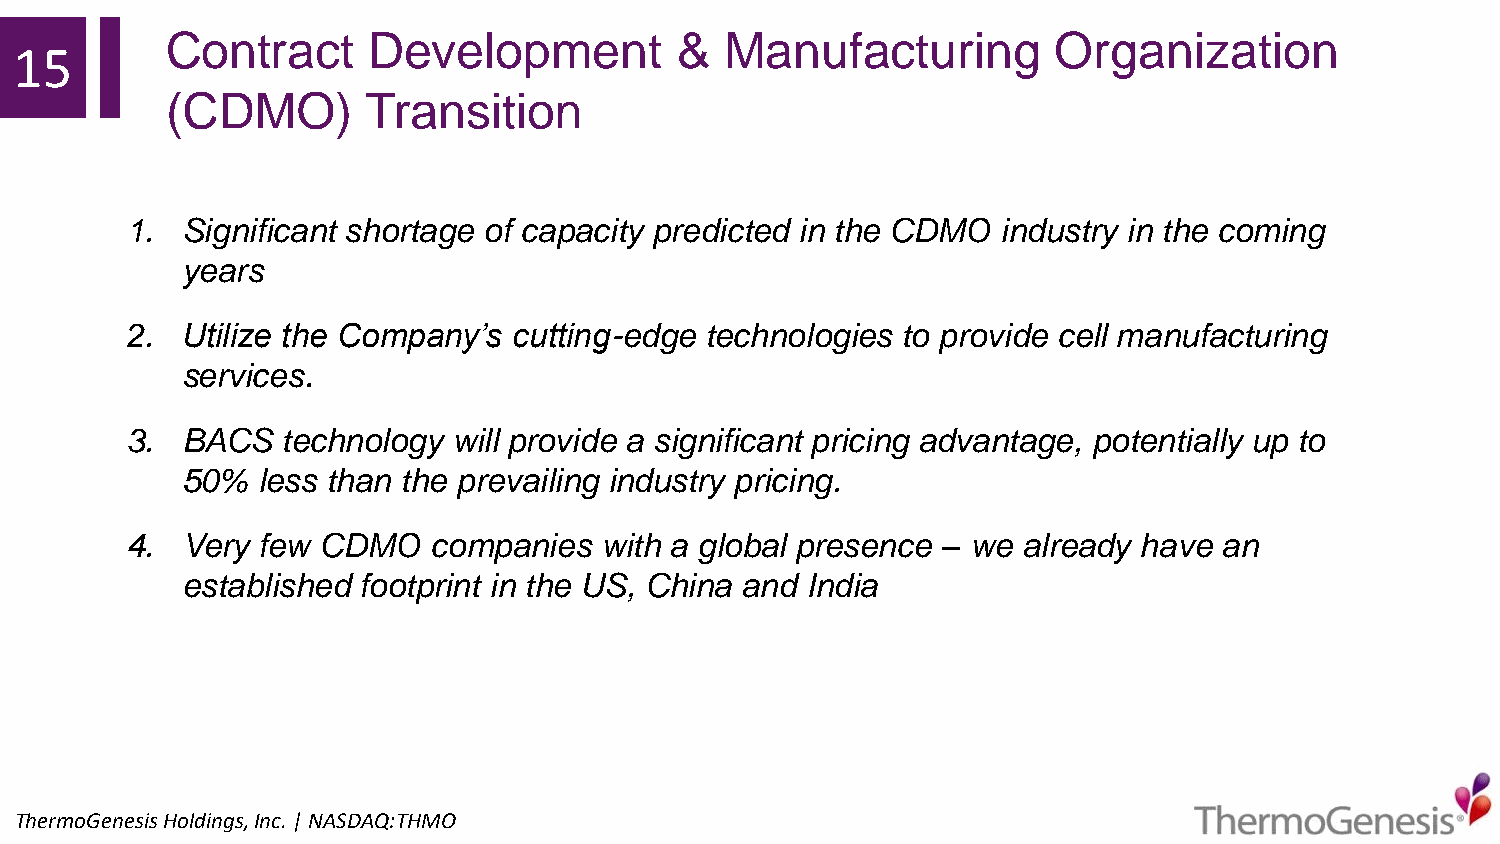
Contract     Development          &  Manufacturing         Organization
 15
 (CDMO)       Transition
 1.  Significant shortage of capacity predicted in the CDMO industry in the coming
 years
 2.  Utilize the Company’s cutting-edge technologies to provide cell manufacturing
 services.
 3.  BACS   technology will provide a significant pricing advantage, potentially up to
 50%  less than the prevailing industry pricing.
 4.  Very few CDMO    companies  with a global presence – we already have an
 established footprint in the US, China and India
 ThermoGenesisHoldings,Inc.| NASDAQ:THMO